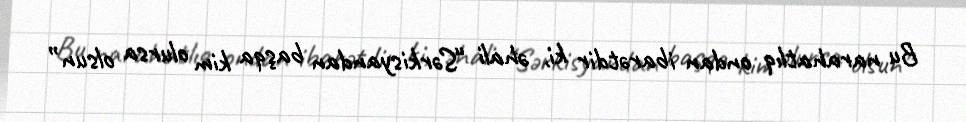
Bu narahatlıq ondan ibarətdir ki, əhali “Sərkisyandan başqa kim olursa olsun”